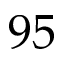
9 5